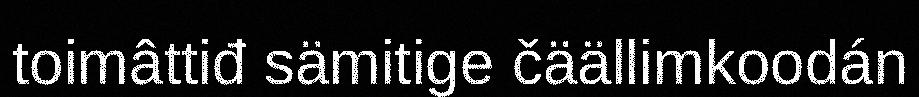
toimâttiđ sämitige čäällimkoodán